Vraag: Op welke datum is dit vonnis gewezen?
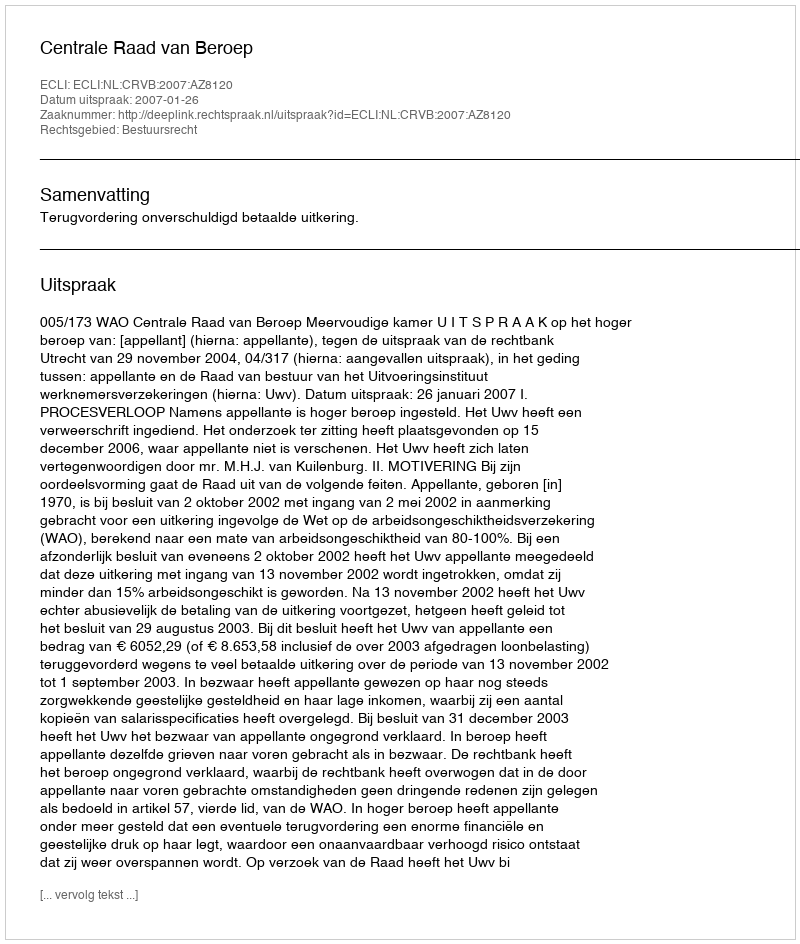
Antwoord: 2007-01-26